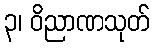
၃၊ ဝိညာဏသုတ်